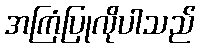
အကြံပြုလိုပါသည်